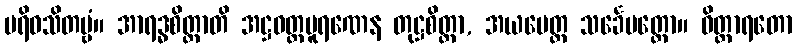
ပရိဝသိတဗ္ဗံ။ အာရဒ္ဓစိတ္တာတိ အဋ္ဌဝတ္တပူရဏေန တုဋ္ဌစိတ္တာ, အယမေတ္ထ သင်္ခေပတ္ထော။ ဝိတ္ထာရတော